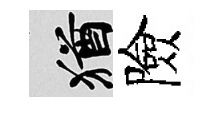
酒險